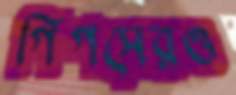
গিগসেরও